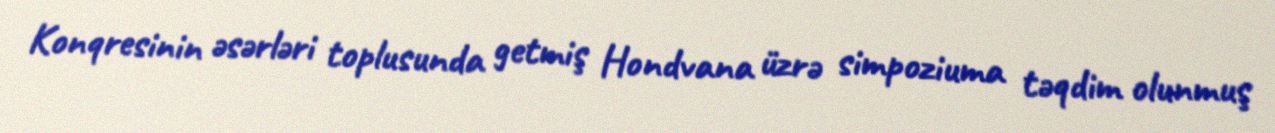
Konqresinin əsərləri toplusunda getmiş Hondvana üzrə simpoziuma təqdim olunmuş